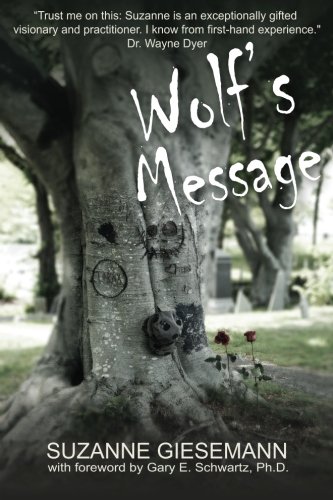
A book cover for Wolf's Message; Suzanne Giesemann; Religion & Spirituality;